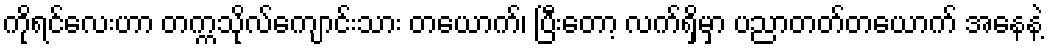
ကိုရင်လေးဟာ တက္ကသိုလ်ကျောင်းသား တယောက်၊ ပြီးတော့ လက်ရှိမှာ ပညာတတ်တယောက် အနေနဲ့